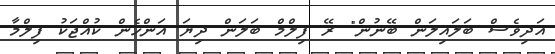
އަދިވެސް ބަލައިލަން ބޭނުން" ރޭ ފިލްމް ބަލަން ދިޔަ އަންހެން ކުއްޖަކު ފިލްމާ